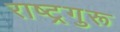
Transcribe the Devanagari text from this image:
राष्ट्रगुरू